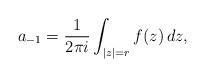
LaTeX: \begin{align*}a_{-1}=\frac{1}{2\pi i}\int_{|z|=r}f(z)\,dz,\end{align*}